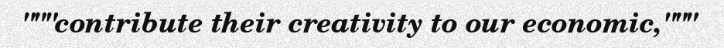
"""contribute their creativity to our economic,"""